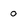
Character: 0